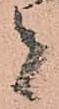
者